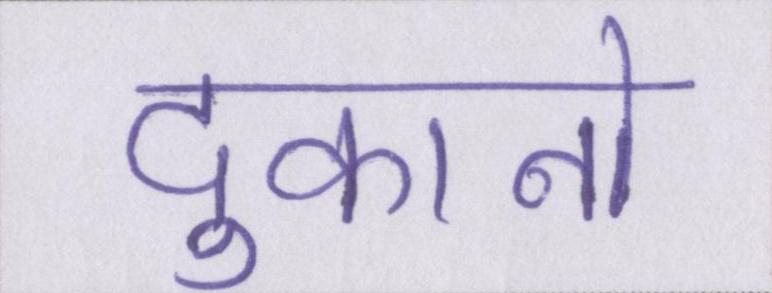
दुकानो